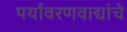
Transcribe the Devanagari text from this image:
पर्यावरणवाद्यांचे